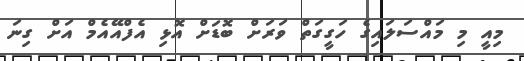
މިއީ މި މައްސަލައިގެ ހަގީގަތް ވަރަށް ބޮޑަށް އޮޅި އެފްއޭއެމް އަށް ގިނަ